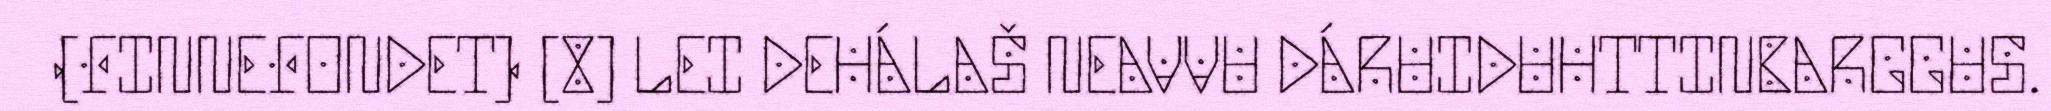
(FINNEFONDET) [8] LEI DEHÁLAŠ NEAVVU DÁRUIDUHTTINBARGGUS.